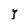
Character: Y